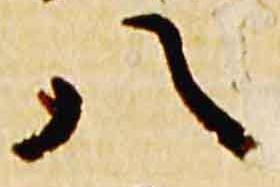
八